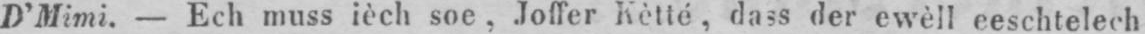
D’Mimi. - Ech muss ièch soe, Joffer Kètté, dass der ewèll eeschtelech